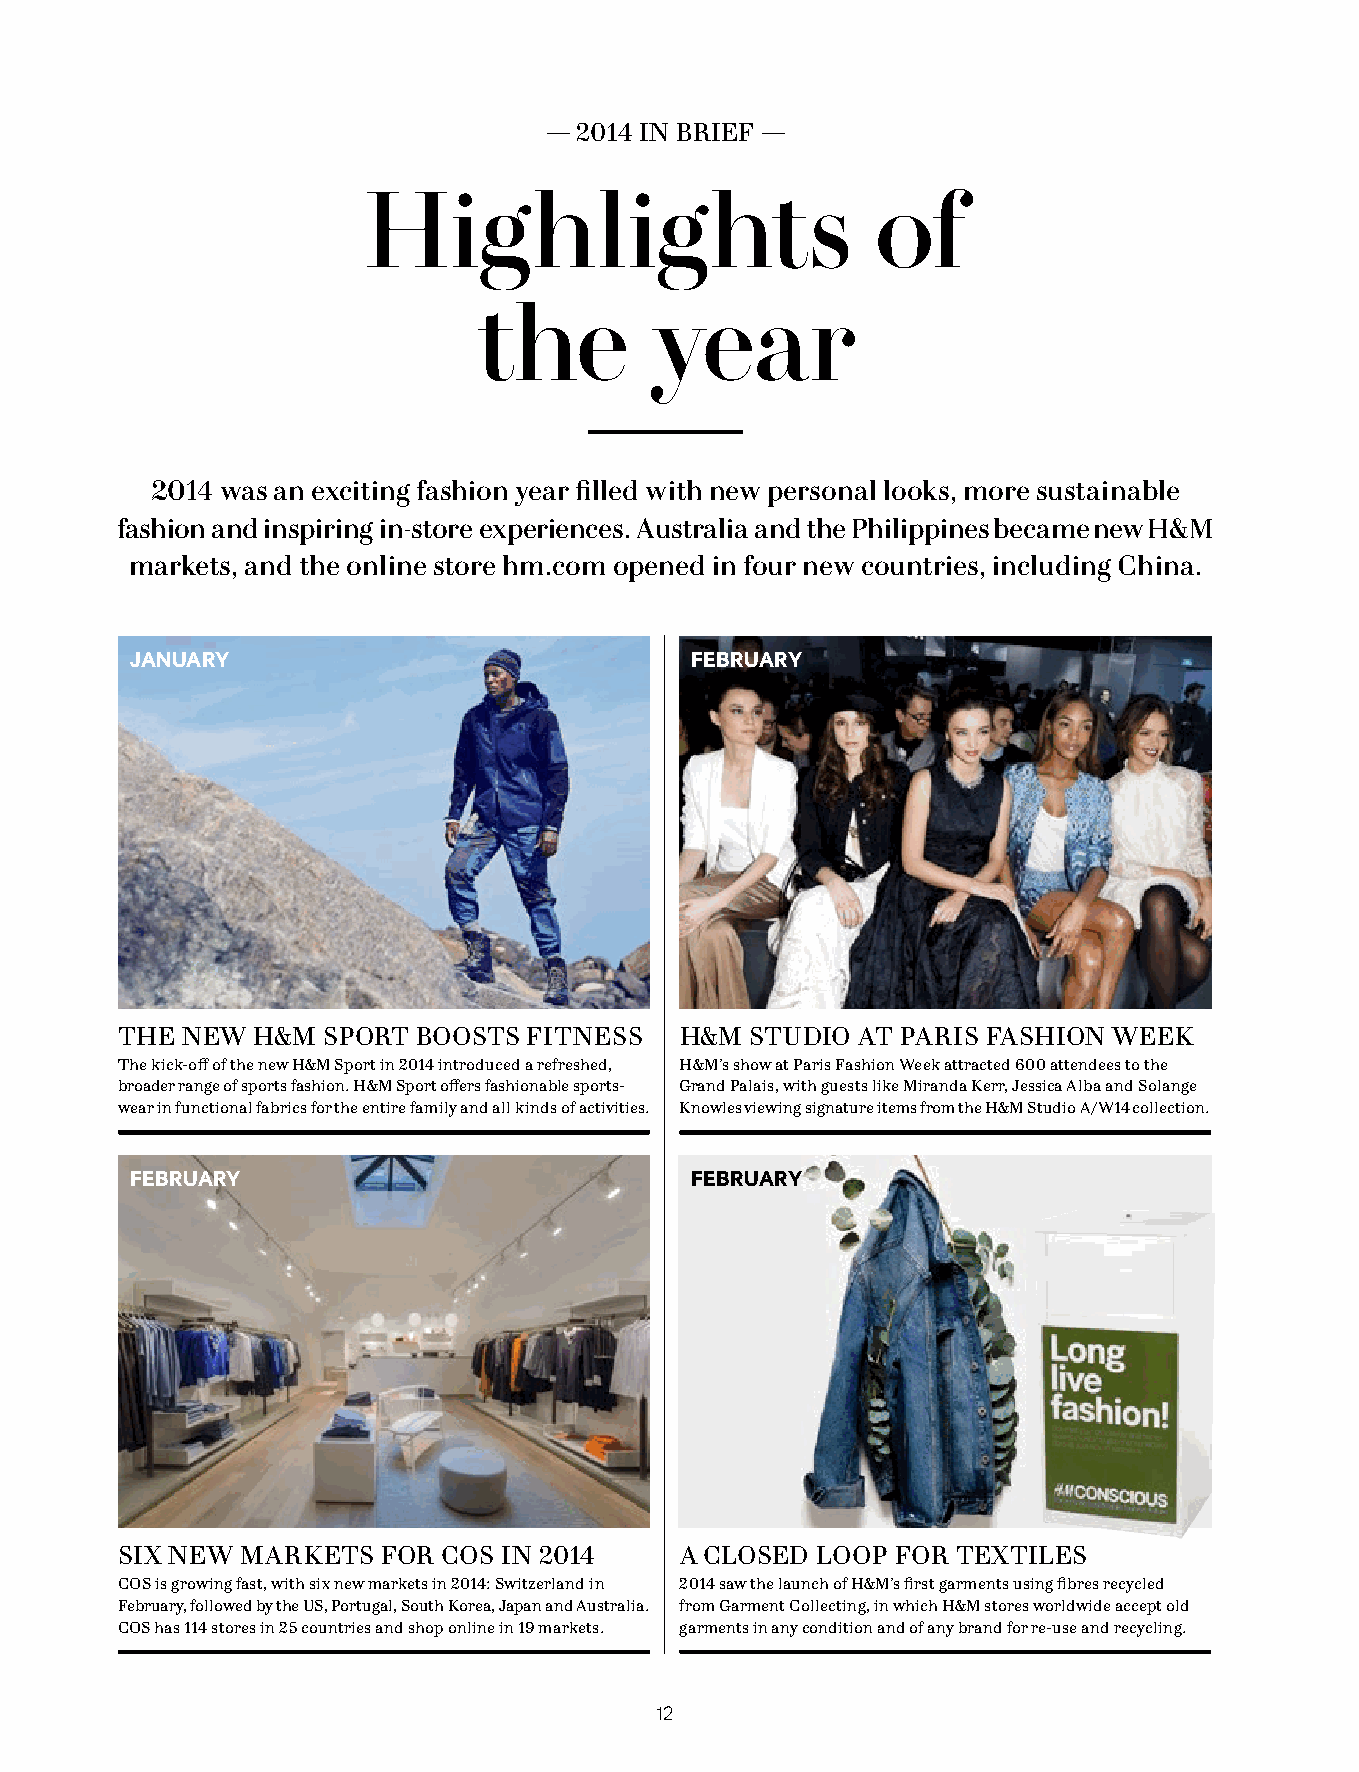
— 2014 IN BRIEF —
 Highlights                        of
 the        year
 2014 was an exciting fashion year filled with new personal looks, more sustainable
 fashion and inspiring in-store experiences. Australia and the Philippines became new H&M
 markets, and the online store hm.com opened in four new countries, including China.
 JANUARY                              FEBRUARY
 THE NEW  H&M SPORT  BOOSTS FITNESS   H&M  STUDIO AT PARIS FASHION WEEK
 The kick-off of the new H&M Sport in 2014 introduced a refreshed, H&M’s show at Paris Fashion Week attracted 600 attendees to the
 broader range of sports fashion. H&M Sport offers fashionable sports- Grand Palais, with guests like Miranda Kerr, Jessica Alba and Solange
 wear in functional fabrics for the entire family and all kinds of activities. Knowles viewing signature items from the H&M Studio A/W14 collection.
 FEBRUARY                             FEBRUARY
 SIX NEW MARKETS  FOR COS IN 2014     A CLOSED LOOP FOR TEXTILES
 COS is growing fast, with six new markets in 2014: Switzerland in 2014 saw the launch of H&M’s first garments using fibres recycled
 February, followed by the US, Portugal, South Korea, Japan and Australia. from Garment Collecting, in which H&M stores worldwide accept old
 COS has 114 stores in 25 countries and shop online in 19 markets. garments in any condition and of any brand for re-use and recycling.
 12